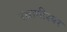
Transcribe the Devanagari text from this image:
स्थानीश्वर